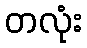
တလုံး